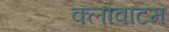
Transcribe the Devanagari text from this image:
क्लावाटम